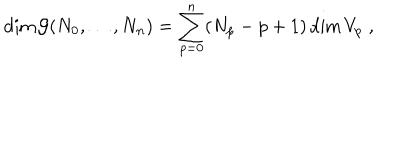
\textrm { d i m } \, \mathcal { G } ( N _ { 0 } , \ldots , N _ { n } ) = \sum _ { p = 0 } ^ { n } ( N _ { p } - p + 1 ) \, \textrm { d i m } \, V _ { p } \; ,